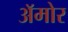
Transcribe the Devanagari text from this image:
अॅमोर